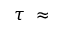
\tau \ \approx